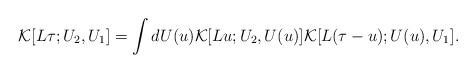
LaTeX: \begin{align*}{\cal K}[L\tau;U_2,U_1]=\int dU(u){\cal K}[Lu;U_2,U(u)]{\cal K}[L(\tau-u);U(u),U_1].\end{align*}